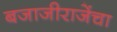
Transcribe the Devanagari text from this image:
बजाजीराजेंचा